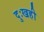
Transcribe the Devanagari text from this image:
दुःखही